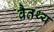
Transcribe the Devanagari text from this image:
वैतथ्य